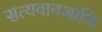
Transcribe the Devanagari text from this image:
सत्यवानआणि